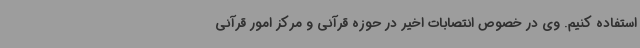
استفاده کنیم. وی در خصوص انتصابات اخیر در حوزه قرآنی و مرکز امور قرآنی